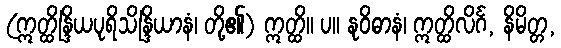
(ဣတ္ထိန္ဒြိယပုရိသိန္ဒြိယာနံ၊ တို့၏) ဣတ္ထိ။ ပ။ နုဝိဓာနံ၊ ဣတ္ထိလိင်္ဂ, နိမိတ္တ,